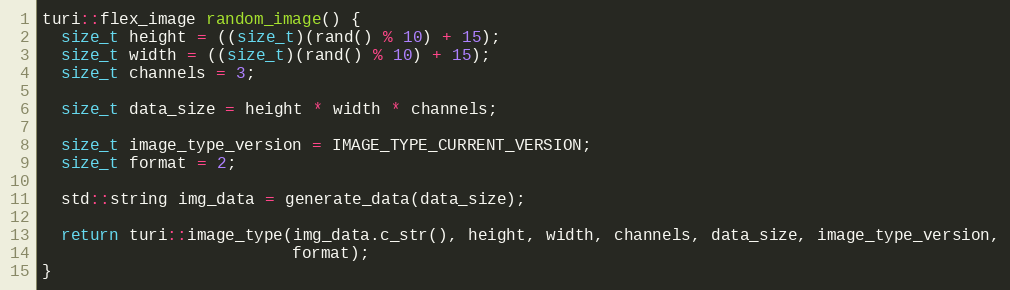
Language: C++
turi::flex_image random_image() {
  size_t height = ((size_t)(rand() % 10) + 15);
  size_t width = ((size_t)(rand() % 10) + 15);
  size_t channels = 3;

  size_t data_size = height * width * channels;

  size_t image_type_version = IMAGE_TYPE_CURRENT_VERSION;
  size_t format = 2;

  std::string img_data = generate_data(data_size);

  return turi::image_type(img_data.c_str(), height, width, channels, data_size, image_type_version,
                          format);
}